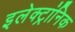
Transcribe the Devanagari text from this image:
इलेक्ट्रांनिक